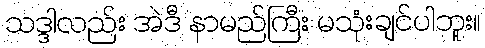
သဒ္ဒါလည်း အဲဒီ နာမည်ကြီး မသုံးချင်ပါဘူး။